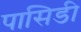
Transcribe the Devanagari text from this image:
पासिडी